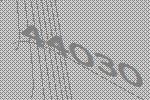
44030